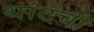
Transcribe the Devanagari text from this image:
थांटची